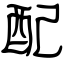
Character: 配